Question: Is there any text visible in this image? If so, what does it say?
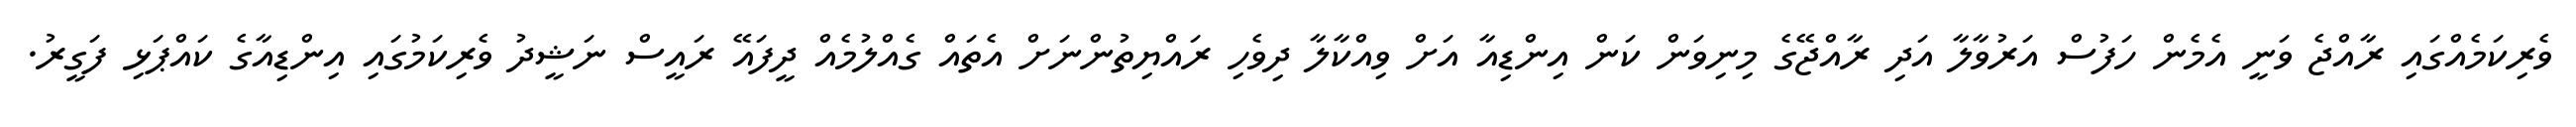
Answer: ވެރިކަމެއްގައި ރާއްޖެ ވަނީ އެމެން ހަފުސް އަރުވާލާ އަދި ރާއްޖޭގެ މިނިވަން ކަން އިންޑިއާ އަށް ވިއްކާލާ ދިވެހި ރައްޔިތުންނަށް އެތައް ގެއްލުމެއް ދީފައޭ ރައީސް ނަޝީދު ވެރިކަމުގައި އިންޑިއާގެ ކައްޕަޅި ފަގީރު.